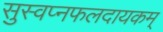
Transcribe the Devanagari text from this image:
सुस्वप्नफलदायकम्